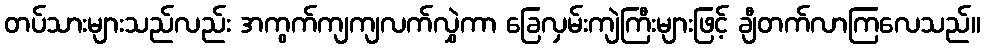
တပ်သားများသည်လည်း အကွက်ကျကျလက်လွှဲကာ ခြေလှမ်းကျဲကြီးများဖြင့် ချီတက်လာကြလေသည်။